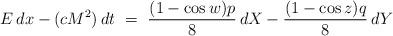
LaTeX: \begin{align*}E\,dx-(cM^2)\,dt~=~\frac{(1-\cos w)p}{8}\,dX-\frac{(1-\cos z)q}{8}\,dY\end{align*}